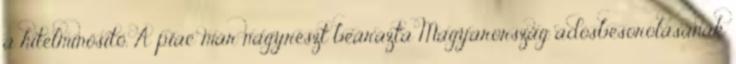
a hitelminősítő. A piac már nagyrészt beárazta Magyarország adósbesorolásának